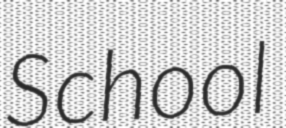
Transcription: School